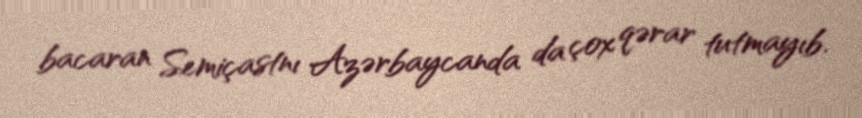
bacaran Semiçastnı Azərbaycanda da çox qərar tutmayıb.